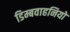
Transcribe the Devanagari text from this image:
डिम्बवाहनियों